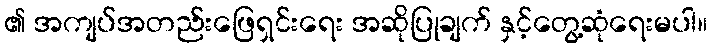
၏ အကျပ်အတည်းဖြေရှင်းရေး အဆိုပြုချက် နှင့်တွေ့ဆုံရေးမပါ။